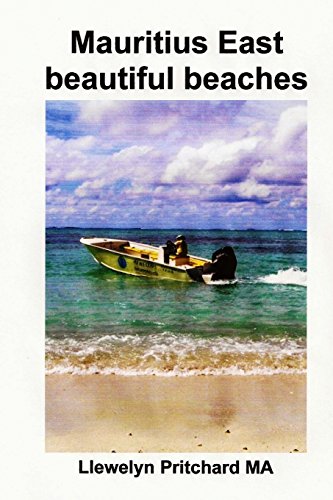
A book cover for Mauritius East beautiful beaches: En Souvenir Insamling av fargfotografier med bildtexter (Foto Album) (Volume 10) (Swedish Edition); Llewelyn Pritchard MA; Travel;